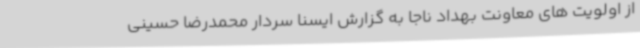
از اولویت های معاونت بهداد ناجا به گزارش ایسنا سردار محمدرضا حسینی